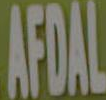
AFDAL